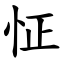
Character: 怔